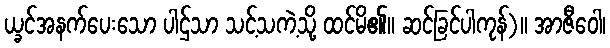
ယ္ခင်အနက်ပေးသော ပါဌ်သာ သင့်သကဲ့သို့ ထင်မိ၏။ ဆင်ခြင်ပါကုန်)။ အာဇီဝေါ၊